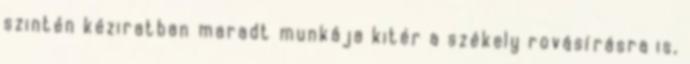
szintén kéziratban maradt munkája kitér a székely rovásírásra is,